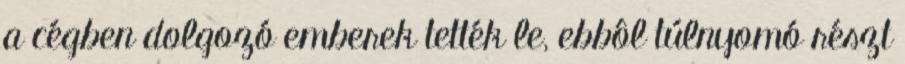
a cégben dolgozó emberek tették le, ebbôl túlnyomó részt